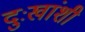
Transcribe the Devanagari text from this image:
दुःखांशी